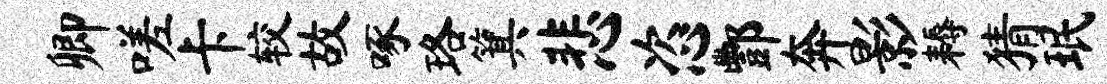
卿嗟卡较故啄珞箕悲恣酆奔影耨猜珉